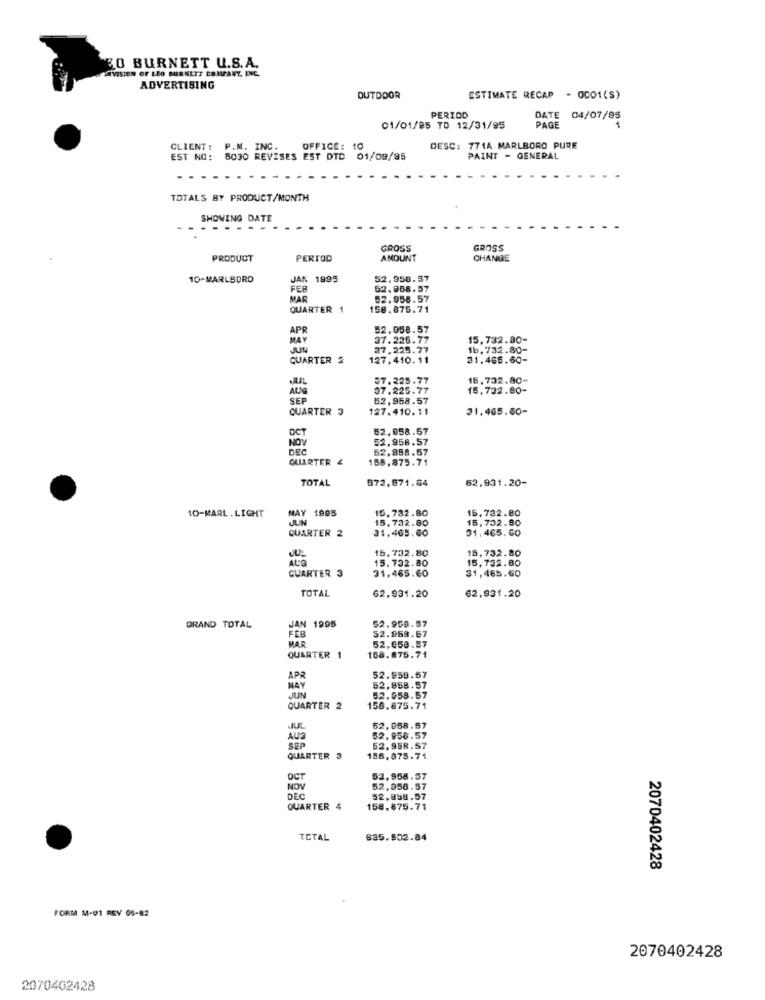
EO BURNETT U.S.A.
AVISION OF LEO MIRNETS COMPANY, INC.
ADVERTISING
OUTDOOR
ESTIMATE RECAP - 0001(S)
PERIOD
DATE
04/07/95
01/01/85 TO 12/31/95
PAGE
CLIENT :
. INC.
OFFICE: 10
DESC: 771A MARLBORO PURE
EST NO:
5030 REVISES EST DTD 01/09/95
PAINT - GENERAL
TOTALS BY PRODUCT/MONTH
SHOWING DATE
GROSS
GROSS
PRODUCT
PERIOD
AMOUNT
CHANGE
10-MARLBORO
JAN 1995
52.958.57
FER
52.958.57
MAR
52.958.57
QUARTER
158.875.71
APR
52.058.57
MAY
37.226.77
15,732.80-
JUN
27.225.77
1b, 732.80-
QUARTER
127.410. 11
31.466.60-
57.225.77
16.732.80-
AUG
37.225.77
15,732.80-
SEP
62,958.57
QUARTER 3
127.410.11
31.465.60-
OCT
52,058.57
NOV
52.958.57
DEC
52.958.57
QUARTER &
158.875.71
TOTAL
572,571.84
62,931.20-
10-MARL.LIGHT
MAY 1985
15.732.80
15.732.80
JUN
15.732.80
15,732.80
QUARTER 2
31.465.60
31,465. 60
JUL
16, 732.80
15.732.80
ALG
15.732.80
15,732.80
31,465.60
GUARTER 3
31.465.60
TOTAL
62,931.20
62,931.20
JAN 1995
52.958.87
GRAND TOTAL
52.969.67
FEB
MAR
52.058.87
QUARTER 1
158.875.71
APR
52.958.57
MAY
52.858.57
JUN
52.958.57
QUARTER 2
156.875.71
JUL
52.058.57
AUS
52.956.57
SEP
52.958.57
QUARTER 3
186,875.71
OCT
52.958.57
NOV
52,958.57
DEC
52,858.57
QUARTER 4
158. 875.71
TOTAL
635.502.84
2070402428
FORM M-91 REV 05-82
2070402428
2070402428